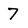
Character: 7